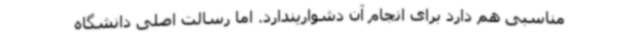
مناسبی هم دارد برای انجام آن دشواریندارد. اما رسالت اصلی دانشگاه